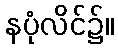
နပုံလိင်၌။